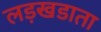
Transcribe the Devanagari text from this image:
लड़खडाता